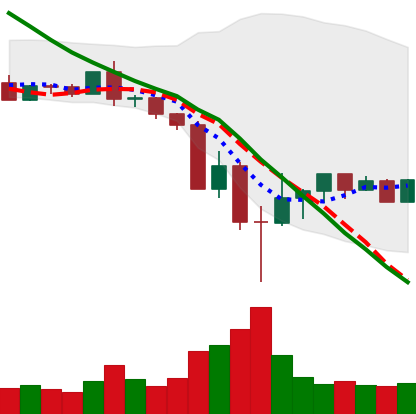
Ticker: BNB-USD
Chart end date: 2022-05-19
Forward return: 6.975%
Label: up_5_7